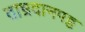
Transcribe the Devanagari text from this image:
ताभ्रदानपट्ट